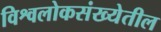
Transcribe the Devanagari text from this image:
विश्वलोकसंख्येतील